画像に写った文字を読んでください
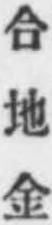
「合地金」と書いてあります